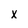
Character: x